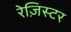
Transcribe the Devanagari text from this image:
रेज़िस्टर